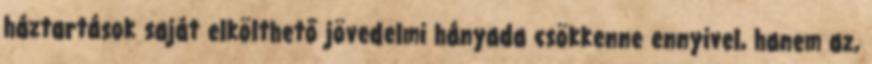
háztartások saját elkölthető jövedelmi hányada csökkenne ennyivel, hanem az,